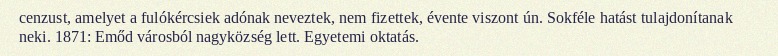
cenzust, amelyet a fulókércsiek adónak neveztek, nem fizettek, évente viszont ún. Sokféle hatást tulajdonítanak neki. 1871: Emőd városból nagyközség lett. Egyetemi oktatás.